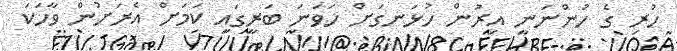
ހުރި ގެ ހުންނަނީ އިރުން ހުޅަނގަށް ހަވަނަ ބަރީގައި ކަމަށް އެރަށުން ވާހަކަ